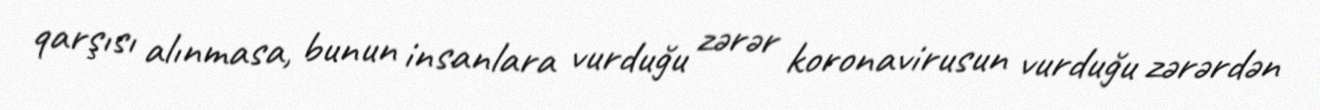
qarşısı alınmasa, bunun insanlara vurduğu zərər koronavirusun vurduğu zərərdən